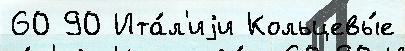
60 90 Ита́л'иjи Кольцевы́е